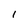
Character: 1